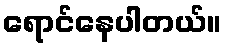
ရောင်နေပါတယ်။